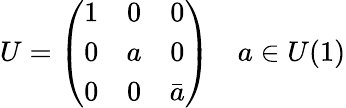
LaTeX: U=\left(\begin{array}{ccc}{{1}}&{{0}}&{{0}}\\ {{0}}&{{a}}&{{0}}\\ {{0}}&{{0}}&{{\bar{a}}}\end{array}\right)\quad a\in U(1)